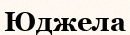
Юджела